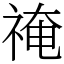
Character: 䄋